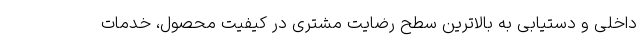
داخلی و دستیابی به بالاترین سطح رضایت مشتری در کیفیت محصول، خدمات